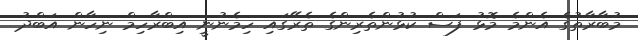
މުބާރާތުގެ އެންމެ މޮޅު ފަސް ކުޅުންތެރިންގެ ތެރޭގައި ހިމެނުނީ އިބްރާހިމް ނިހާން އަބްދު